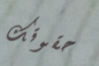
حقوقك